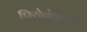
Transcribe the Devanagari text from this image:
पिरोनेवाली